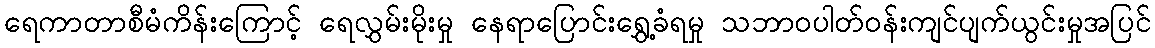
ရေကာတာစီမံကိန်းကြောင့် ရေလွှမ်းမိုးမှု နေရာပြောင်းရွှေ့ခံရမှု သဘာဝပါတ်ဝန်းကျင်ပျက်ယွင်းမှုအပြင်